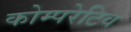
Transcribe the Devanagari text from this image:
कोम्परेटिव